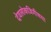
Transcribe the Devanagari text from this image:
देवलोकजिगीषया